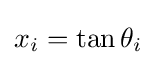
x_{i}=\tan \theta _{i}